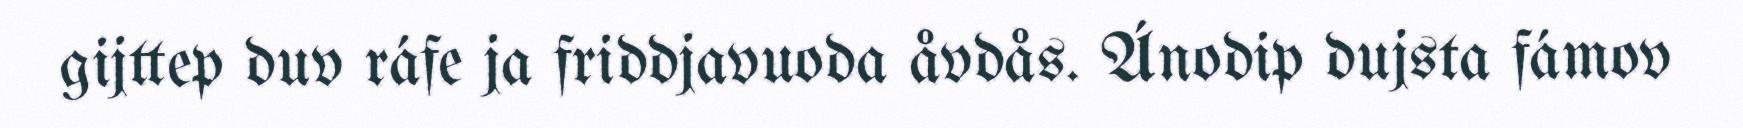
gijttep duv ráfe ja friddjavuoda åvdås. Ánodip dujsta fámov